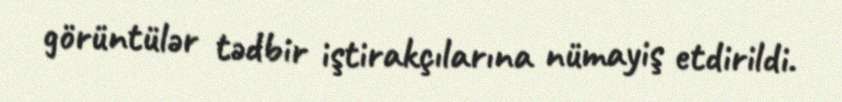
görüntülər tədbir iştirakçılarına nümayiş etdirildi.